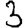
Digit: 3